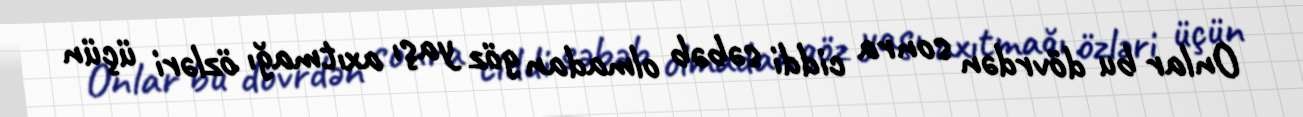
Onlar bu dövrdən sonra ciddi səbəb olmadan göz yaşı axıtmağı özləri üçün